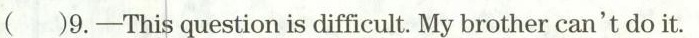
()9.—This question is difficult. My brother can't do it.